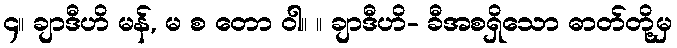
၄။ ချာဒီဟိ မန်, မ စ တော ဝါ။ ။ ချာဒီဟိ- ခီအစရှိသော ဓာတ်တို့မှ